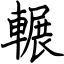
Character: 輾